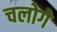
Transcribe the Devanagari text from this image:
चलोगे